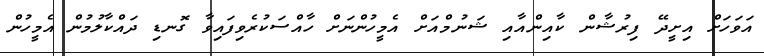
އަވަހަށް އިށީދޭ ފިރުޝާން ކާއިންއާއި ޝަނުމްއަށް އެމީހުންނަށް ހާއްސަކުރެވިފައިވާ ގޮނޑި ދައްކާލުމުން އެމީހުން